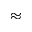
\approx